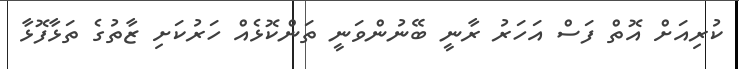
ކުރިއަށް އޮތް ފަސް އަހަރު ރާނީ ބޭނުންވަނީ ތަންކޮޅެއް ހަރުކަށި ޒާތުގެ ތަޅާފޮޅާ